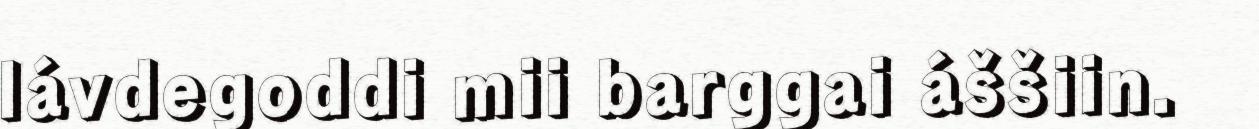
lávdegoddi mii barggai áššiin.